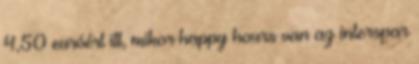
4,50 euróért itt, mikor happy hours van az interspar